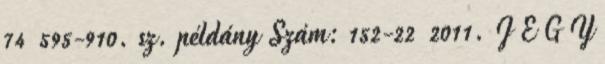
74 595-910. sz. példány Szám: 152-22 2011. J E G Y